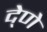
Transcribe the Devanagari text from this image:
दे्णे